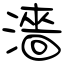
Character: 濇